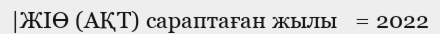
|ЖІӨ (АҚТ) сараптаған жылы   = 2022